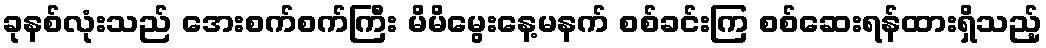
ခုနစ်လုံးသည် အေးစက်စက်ကြီး မိမိမွေးနေ့မနက် စစ်ခင်းကြ စစ်ဆေးရန်ထားရှိသည့်